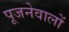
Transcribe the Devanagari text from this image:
पूजनेवालों